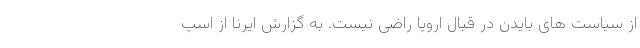
از سیاست های بایدن در قبال اروپا راضی نیست. به گزارش ایرنا از اسپ